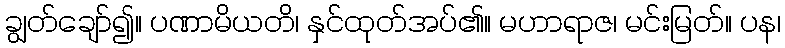
ချွတ်ချော်၍။ ပဏာမိယတိ၊ နှင်ထုတ်အပ်၏။ မဟာရာဇ၊ မင်းမြတ်။ ပန၊